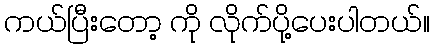
ကယ်ပြီးတော့ ကို လိုက်ပို့ပေးပါတယ်။